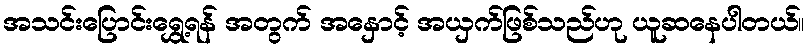
အသင်းပြောင်းရွှေ့ရန် အတွက် အနှောင့် အယှက်ဖြစ်သည်ဟု ယူဆနေပါတယ်။